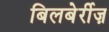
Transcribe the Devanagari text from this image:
बिलबेर्रीज़